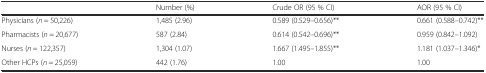
|  | Number (%) | Crude OR (95 % CI) | AOR (95 % CI) |
 | --- | --- | --- | --- |
 | Physicians (n = 50,226) | 1,485 (2.96) | 0.589 (0.529–0.656)** | 0.661 (0.588–0.742)** |
 | Pharmacists (n = 20,677) | 587 (2.84) | 0.614 (0.542–0.696)** | 0.959 (0.842–1.092) |
 | Nurses (n = 122,357) | 1,304 (1.07) | 1.667 (1.495–1.855)** | 1.181 (1.037–1.346)* |
 | Other HCPs (n = 25,059) | 442 (1.76) | 1.00 | 1.00 |